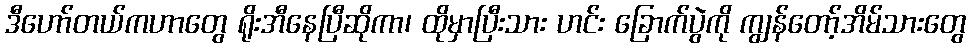
ဒီဟော်တယ်ကဟာတွေ ရိုးအီနေပြီဆိုကာ၊ ထိုမှာပြီးသား ဟင်း ခြောက်ပွဲကို ကျွန်တော့်အိမ်သားတွေ